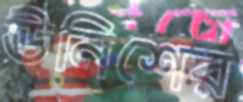
ঊনিশের